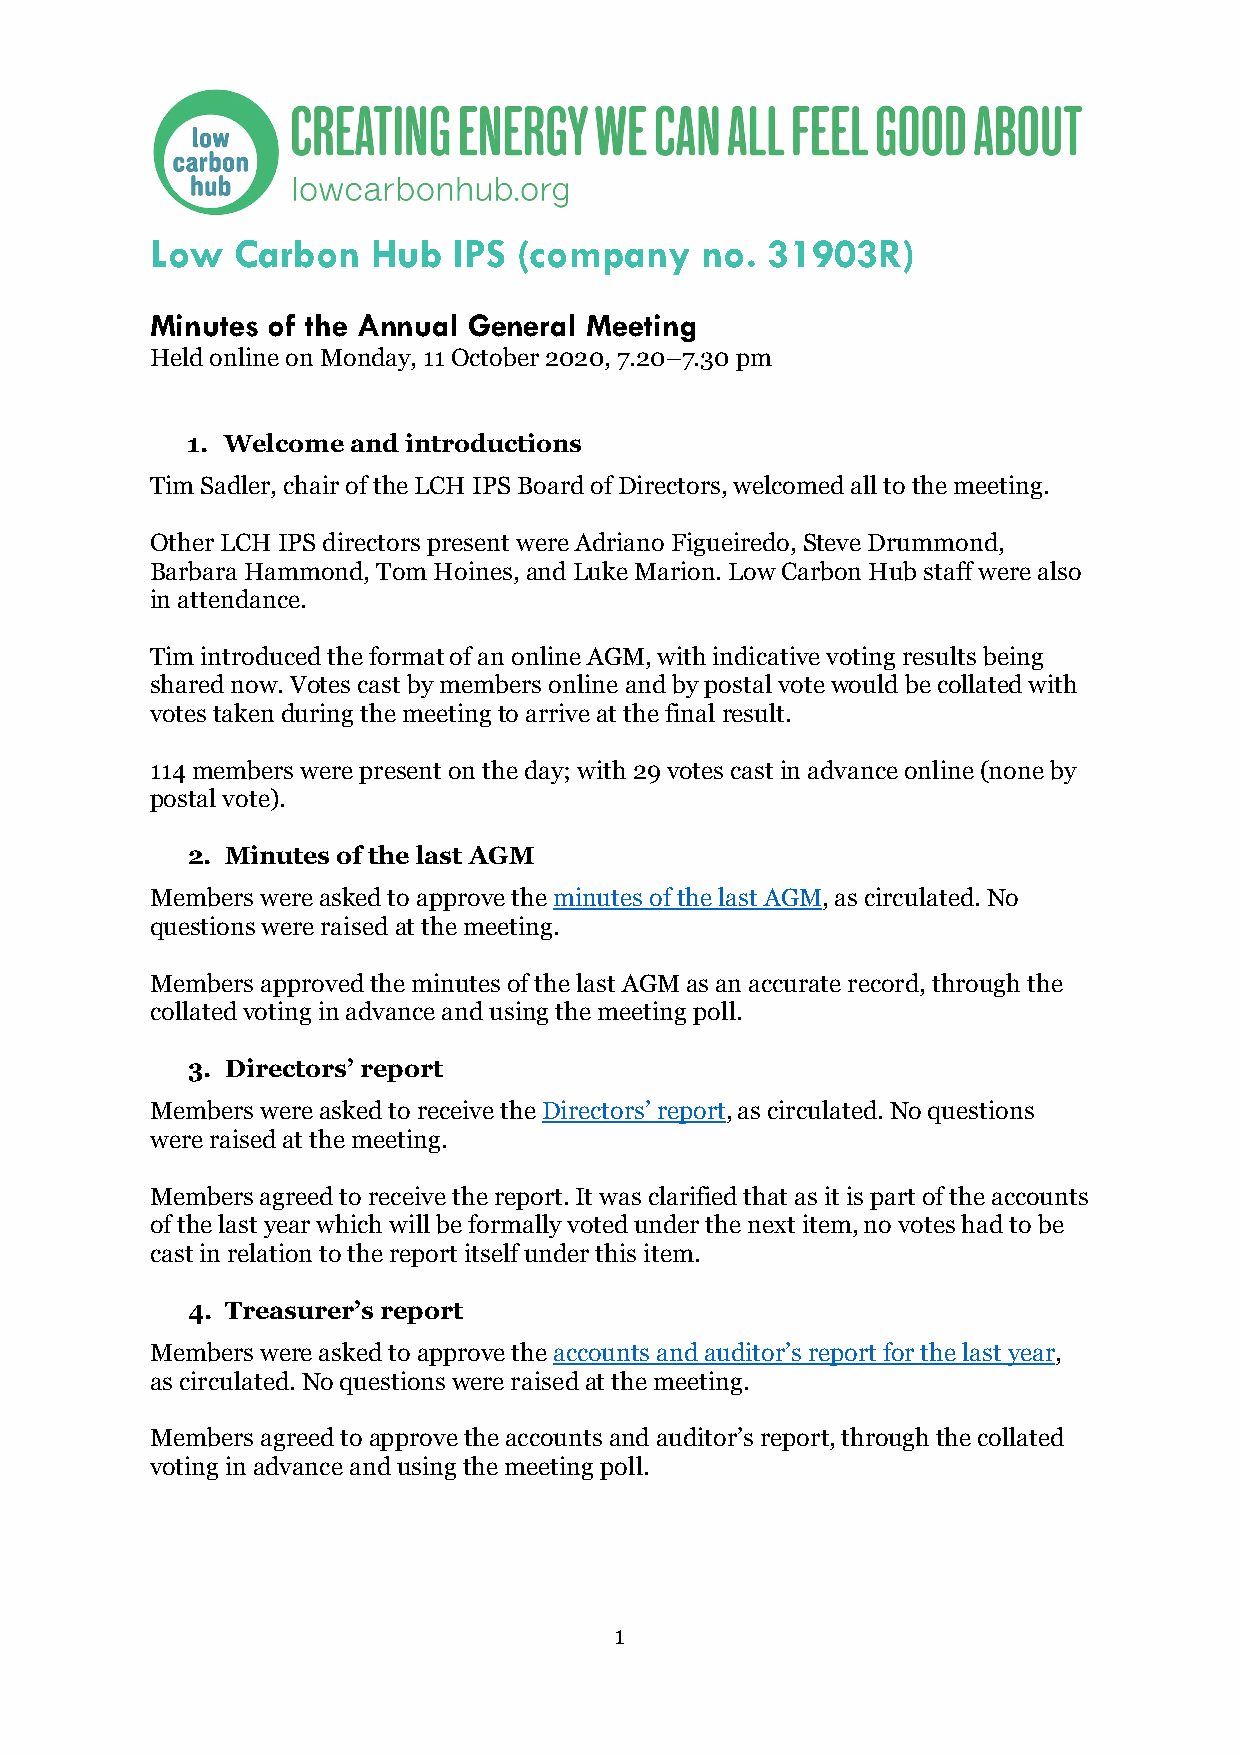
Low  Carbon    Hub  IPS (company    no.  31903R)
 Minutes of the Annual General Meeting
 Held online on Monday, 11 October 2020, 7.20–7.30 pm
 1. Welcome and introductions
 Tim Sadler, chair of the LCH IPS Board of Directors, welcomed all to the meeting.
 Other LCH IPS directors present were Adriano Figueiredo, Steve Drummond,
 Barbara Hammond, Tom Hoines, and Luke Marion. Low Carbon Hub staff were also
 in attendance.
 Tim introduced the format of an online AGM, with indicative voting results being
 shared now. Votes cast by members online and by postal vote would be collated with
 votes taken during the meeting to arrive at the final result.
 114 members were present on the day; with 29 votes cast in advance online (none by
 postal vote).
 2. Minutes of the last AGM
 Members were asked to approve the minutes of the last AGM, as circulated. No
 questions were raised at the meeting.
 Members approved the minutes of the last AGM as an accurate record, through the
 collated voting in advance and using the meeting poll.
 3. Directors’ report
 Members were asked to receive the Directors’ report, as circulated. No questions
 were raised at the meeting.
 Members agreed to receive the report. It was clarified that as it is part of the accounts
 of the last year which will be formally voted under the next item, no votes had to be
 cast in relation to the report itself under this item.
 4. Treasurer’s report
 Members were asked to approve the accounts and auditor’s report for the last year,
 as circulated. No questions were raised at the meeting.
 Members agreed to approve the accounts and auditor’s report, through the collated
 voting in advance and using the meeting poll.
 1